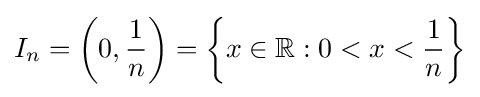
I_{n}=\left(0,{\frac {1}{n}}\right)=\left\{x\in \mathbb {R} :0<x<{\frac {1}{n}}\right\}